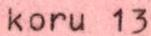
koru 13